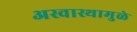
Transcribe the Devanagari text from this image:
अस्वास्थामुळे